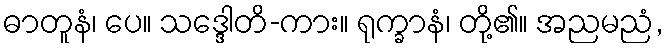
ဓာတူနံ၊ ပေ။ သဒ္ဒေါတိ-ကား။ ရုက္ခာနံ၊ တို့၏။ အညမညံ,